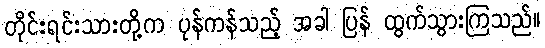
တိုင်းရင်းသားတို့က ပုန်ကန်သည့် အခါ ပြန် ထွက်သွားကြသည်။